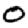
Digit: 0